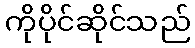
ကိုပိုင်ဆိုင်သည်